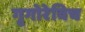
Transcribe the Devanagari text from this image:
गृगोरेविच